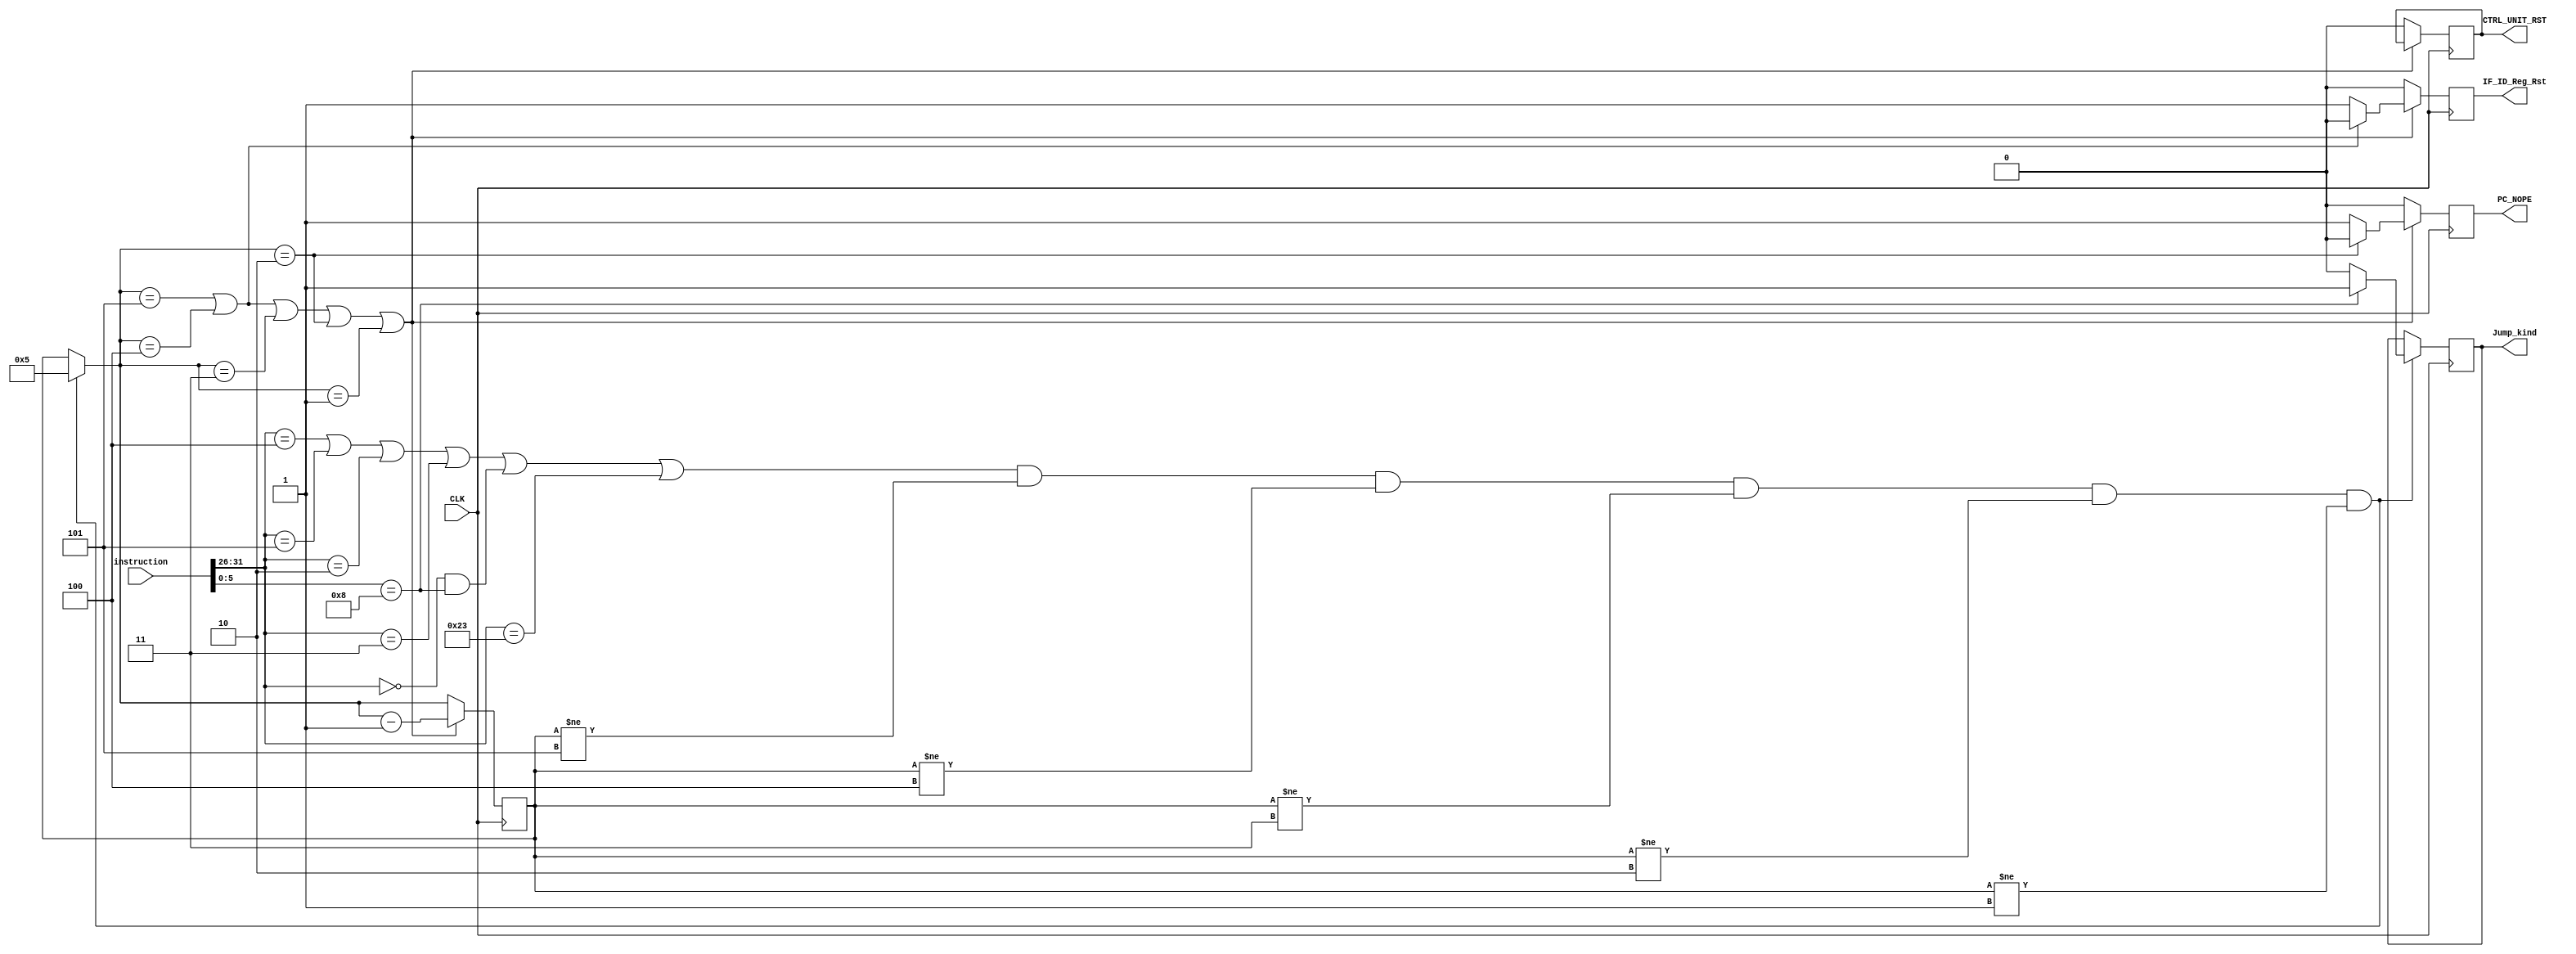
`define OP_BEQ 6'h4
`define OP_BNE 6'h5
`define OP_J 6'h2
`define OP_JAL 6'h3
`define OP_LW 6'h23

`define FCT_JR 6'h8

module Stall_Control(
    input CLK,
    input [31:0] instruction,
    output reg PC_NOPE,
    output reg CTRL_UNIT_RST,
    output reg IF_ID_Reg_Rst,
    output reg Jump_kind);

    reg [4:0]COUNT;

    initial begin
        PC_NOPE = 0;
        CTRL_UNIT_RST = 0;
        IF_ID_Reg_Rst = 0;
        COUNT = 0;
        Jump_kind = 0;
    end

    always @(negedge CLK) begin

        if((instruction[31:26] == `OP_BEQ |instruction[31:26] == `OP_BNE 
        | instruction[31:26] == `OP_J | instruction[31:26] == `OP_JAL 
        |(instruction[31:26] == 0 & instruction[5:0] == `FCT_JR)
        | instruction[31:26] == `OP_LW) 
        & (COUNT != 5)
        & (COUNT != 4)
        & (COUNT != 3)
        & (COUNT != 2)
        & (COUNT != 1))begin
            COUNT = 5;
            if(instruction[5:0] == `FCT_JR) begin
                Jump_kind = 1;
                $display("Jr instruction");
            end
            else begin
                Jump_kind = 0;
                $display("Jal or J instruction");
            end
        end
        if(COUNT == 5 | COUNT == 4 | COUNT == 3 | COUNT == 2 | COUNT == 1) begin
            $display("[COUNT = %d]", COUNT);
            PC_NOPE = 1;
            IF_ID_Reg_Rst = 1;

            if (COUNT == 2) begin
                PC_NOPE = 0;
            end

            if(COUNT == 4 | COUNT == 5)begin
                IF_ID_Reg_Rst = 0;
            end

            COUNT = COUNT - 1;

        end
        else begin
            $display("NOPE");
            PC_NOPE = 0;
            CTRL_UNIT_RST = 0;
            IF_ID_Reg_Rst = 0;
        end
    end

endmodule